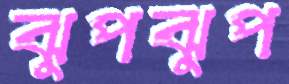
ঝুপঝুপ